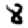
Digit: 8